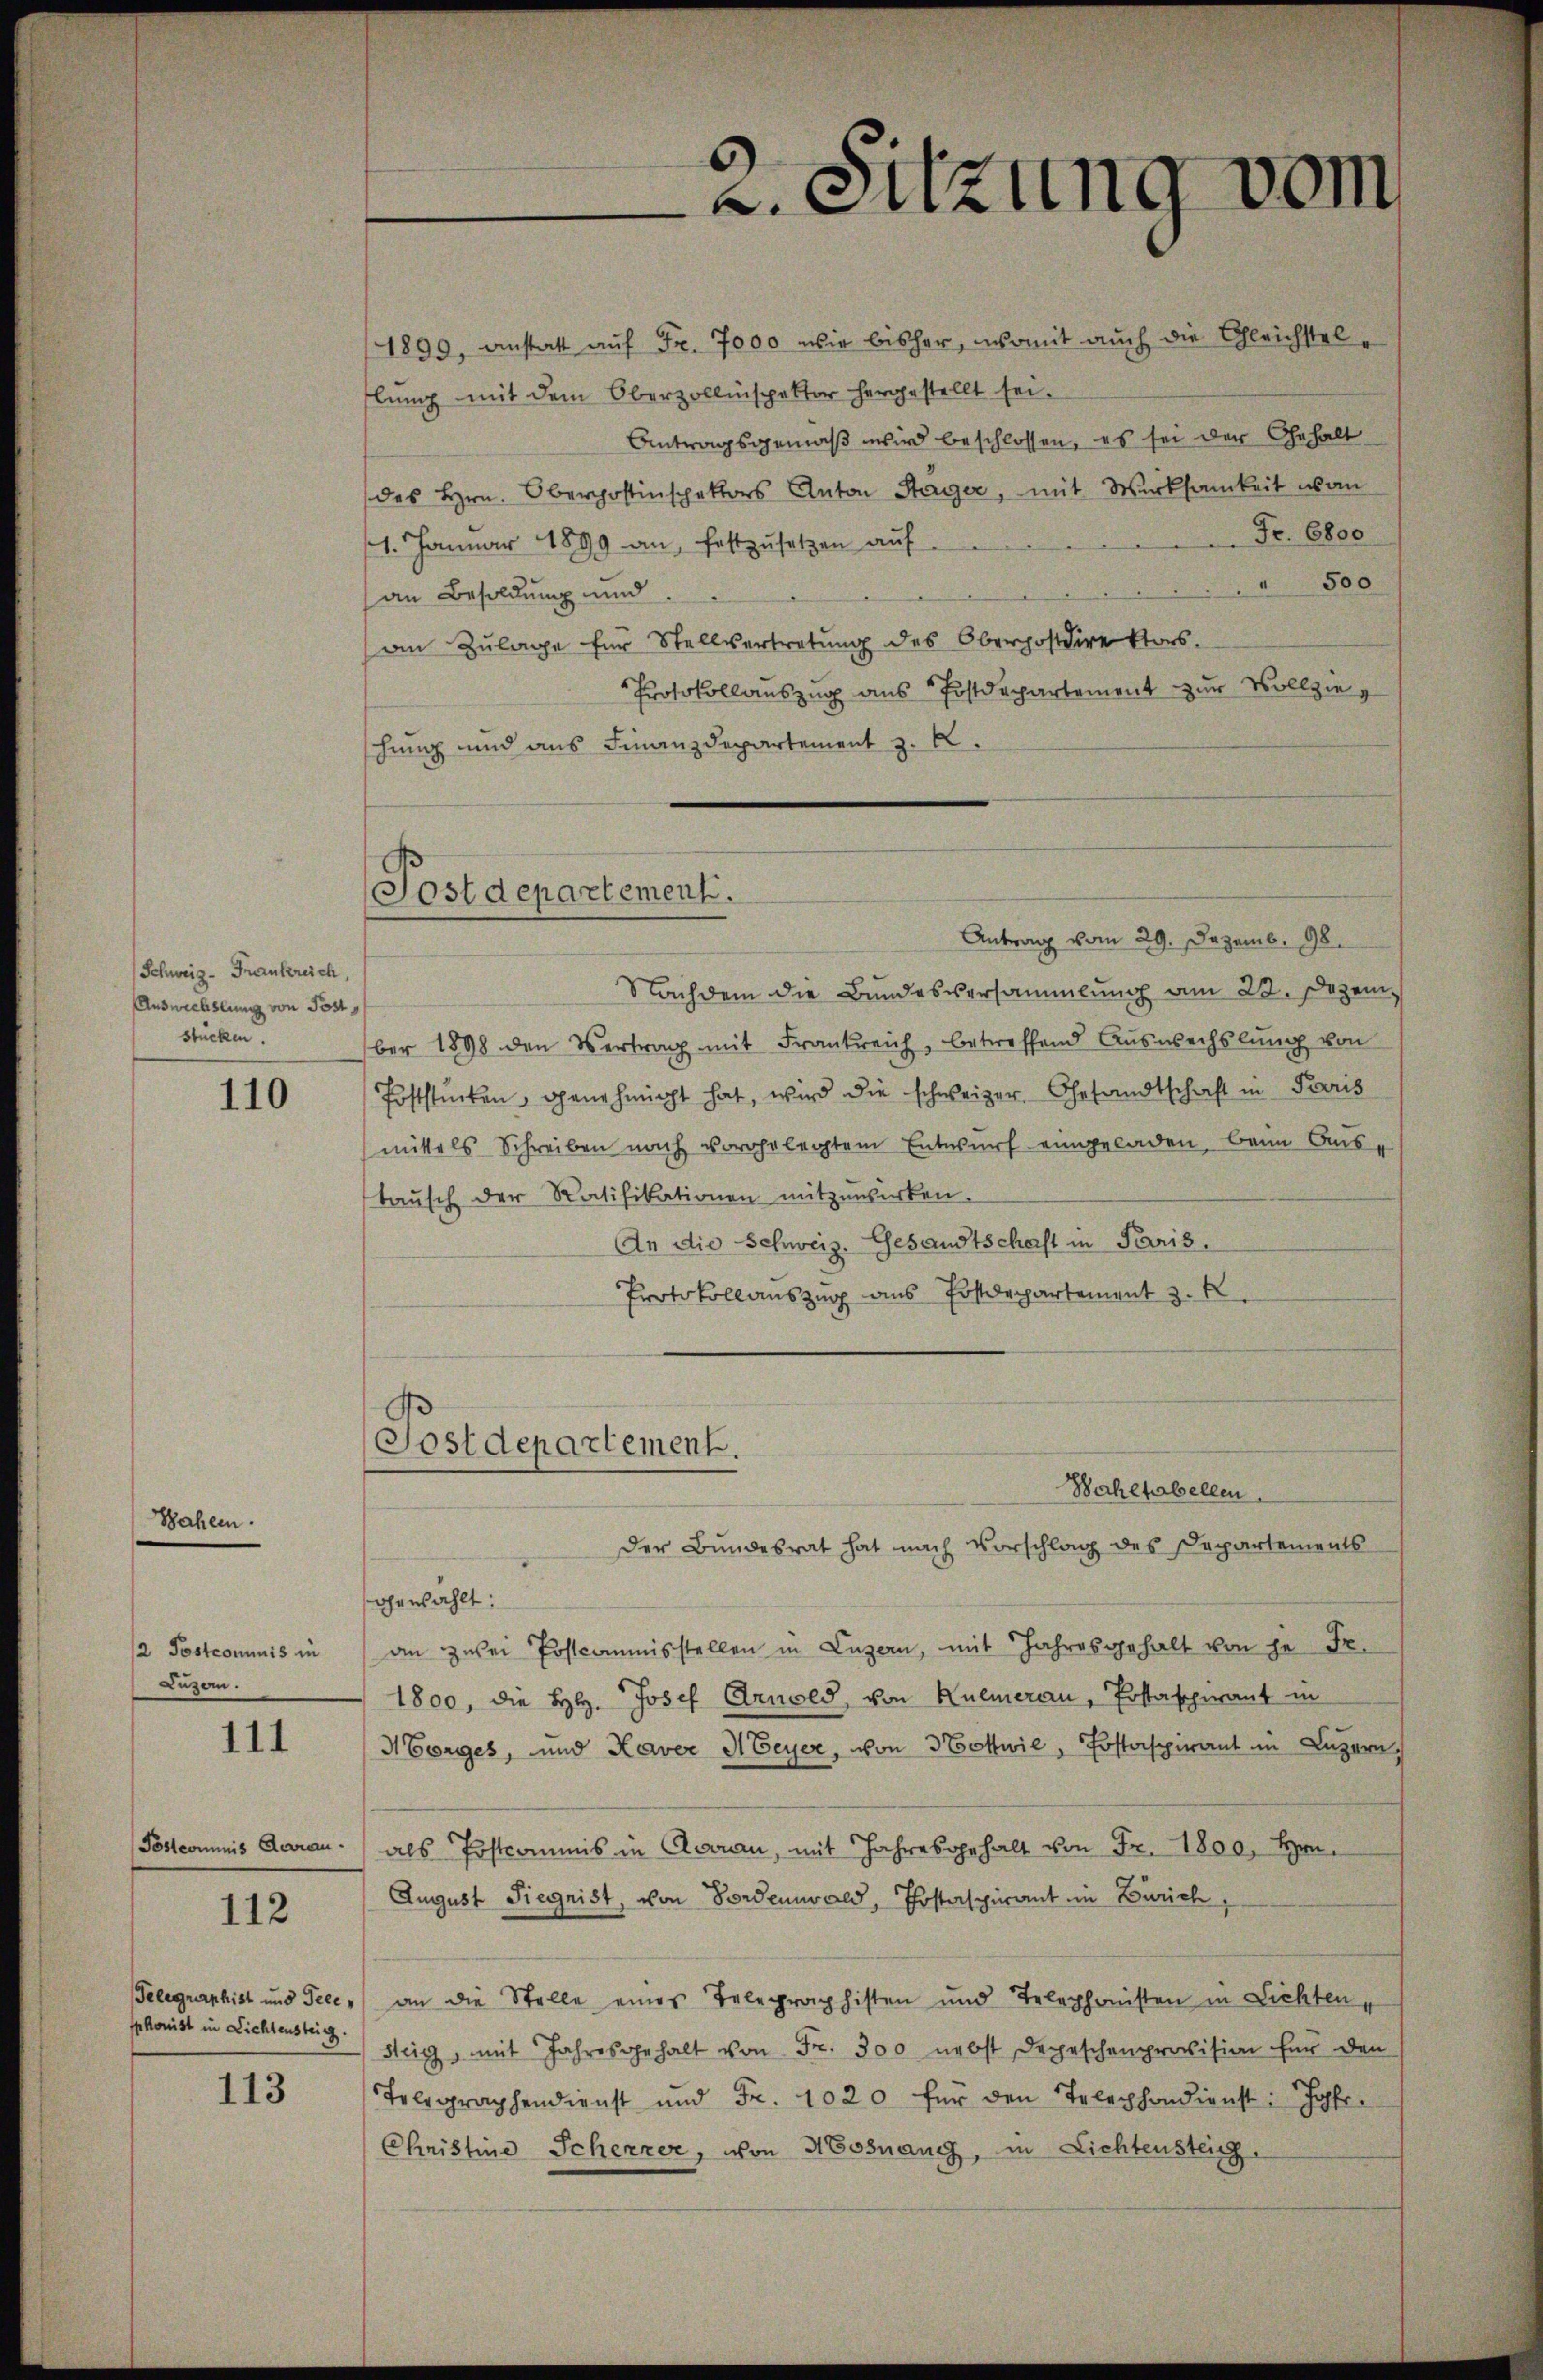
Schweiz. Frankreich,
Auswechslung von Poststücken

18

110

/2 Postcommis in
Luzern.

111

Pöstcommis darau

112

Telegraphist und Teeephonist in Lichtensteig.

113

(Postdepartement.

2. Sitzung vom

1899, anstatt auf Fr. 7000 wir bisher, womit auch die Gleichstellung mit dem Oberzollinspektor hergestellt sei.
Antragsgemäß wird beschlossen, es sei der Gehalt
des Hrn. Oberpostinspektors Anton Stager, mit Wirksamkeit von
Fr. 6800
11. Januar 1899 an, festzusetzen auf
" 500
an Besoldung und
an Zulage für Stellvertretung des Oberpostdirektors.
Protokollauszug aus Postdepartement zur Vollzieschung und aus Finanzdepartement z. B.
Postdepartement.
Antrag vom 29. Dezemb. 98.
Nachdem die Bundesversammlung am 22. Dezem
ber 1898 den Vertrag mit Frankreich, betreffend Aŭswechslung von
Poststücken, genehmnicht hat, wird die schweizer Gesandtschaft in Paris
mittels Schreiben nach vorgelegtem Entwurf eingeladen, beim Austausch der Ratifikationen mitzuwirken.
An die Schweiz. Gesandtschaft in Paris.
Protokollauszug aus Postdepartement z.

der Bundesrat hat nach Vorschlag des Departements
ohenzählt:
an zwei Postcommisstellen in Luzern, mit Jahresgehalt von je Fr.
1800, die H. Josef Arnold, von Kulmerau, Postaschwant in
Morges, und Kaver Meyer, von Nothwil, Postaspirant in Luzern,
als Postcommis in Claran, mit Jahresgehalt von Fr. 1800, Hrn.
August Siegnist, von Fordenwald, Postaspirant im Zürich,
an die Stelle eines Telegraphisten und Telephonsten in Lichten,
steig, mit Jahresgehalt von Fr. 300 nebst Depeschenprovision für den
Telegraphendienst und Fr. 1020 für den Telephondienst: Jahr
Christine Schenzer, von Mosnang, in Lichtensteig

Wahlhabellen.